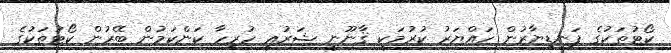
ކޯޓުތަކުގެ ފަނޑިޔާރުން ހައްޔަރު ކުރުމަކީ ޤާނޫނީ ޝަރުޢީ ހުރިހާ ކަންކަމުން ބޭރުން ކޯޓުތަކުގެ